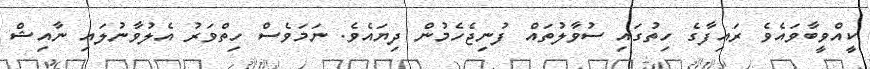
ކީއްވީބާވައެވެ ރައިފާގެ ހިތުގައި ސުވާލުތައް ފުނިޖެހެމުން ދިޔައެވެ. ނަމަވެސް ހިތްވަރު އެލުވާނުލައި ނާއިޝް